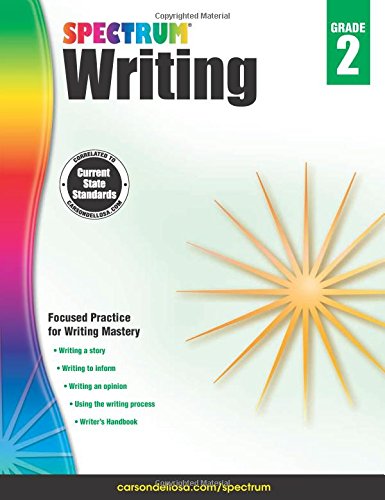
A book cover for Spectrum Writing, Grade 2; Children's Books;